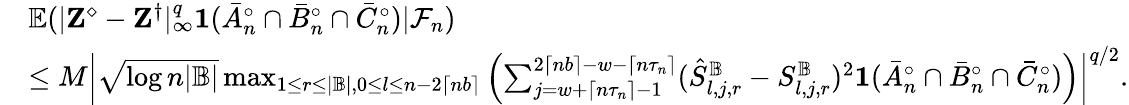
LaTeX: \begin{array}{rl}&{\mathbb{E}(|\mathbf Z^{\diamond}-\mathbf Z^{\dagger}|_{\infty}^{q}\mathbf 1(\bar{A}_{n}^{\circ}\cap\bar{B}_{n}^{\circ}\cap\bar{C}_{n}^{\circ})|\mathcal{F}_{n})}\\ &{\leq M\left|\sqrt{\log n|\mathbb{B}|}\operatorname*{max}_{1\leq r\leq|\mathbb{B}|,0\leq l\leq n-2\lceil nb\rceil}\left(\sum_{j=w+\lceil n\tau_{n}\rceil-1}^{2\lceil nb\rceil-w-\lceil n\tau_{n}\rceil}(\hat{S}_{l,j,r}^{\mathbb{B}}-S_{l,j,r}^{\mathbb{B}})^{2}\mathbf 1(\bar{A}_{n}^{\circ}\cap\bar{B}_{n}^{\circ}\cap\bar{C}_{n}^{\circ})\right)\right|^{q/2}.}\end{array}